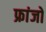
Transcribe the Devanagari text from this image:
फ्रांजो